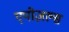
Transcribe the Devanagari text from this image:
एपोज़ल्स